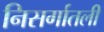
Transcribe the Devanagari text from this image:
निसर्गातली